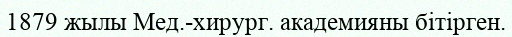
1879 жылы Мед.-хирург. академияны бітірген.